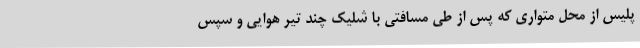
پلیس از محل متواری که پس از طی مسافتی با شلیک چند تیر هوایی و سپس